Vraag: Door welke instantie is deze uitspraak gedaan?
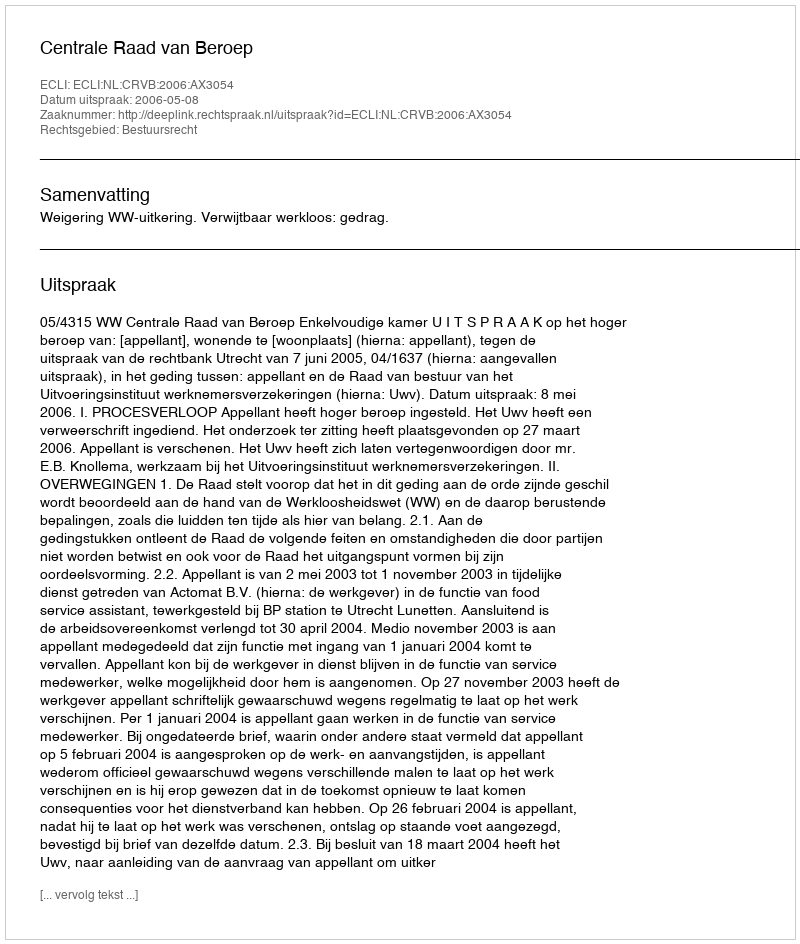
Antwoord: Centrale Raad van Beroep